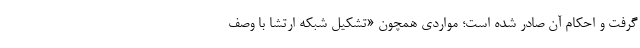
گرفت و احکام آن صادر شده است؛ مواردی همچون «تشکیل شبکه ارتشا با وصف